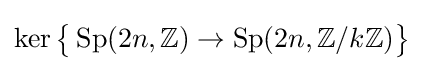
\ker {\big \{}\operatorname {Sp} (2n,\mathbb {Z} )\to \operatorname {Sp} (2n,\mathbb {Z} /k\mathbb {Z} ){\big \}}